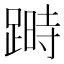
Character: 𨃯